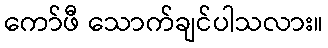
ကော်ဖီ သောက်ချင်ပါသလား။